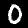
Digit: 0